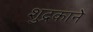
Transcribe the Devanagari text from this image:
शुद्रकाने